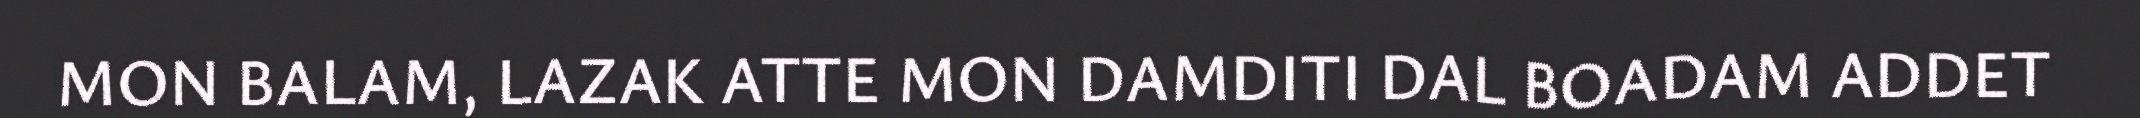
MON BALAM, LAZAK ATTE MON DAMDITI DAL BOADAM ADDET